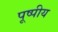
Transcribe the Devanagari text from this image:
पूष्पीय